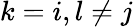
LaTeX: k=i,l\neq j